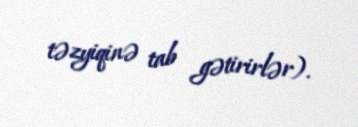
təzyiqinə tab gətirirlər).